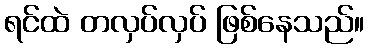
ရင်ထဲ တလှပ်လှပ် ဖြစ်နေသည်။